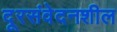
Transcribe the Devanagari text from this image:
दूरसंवेदनशील